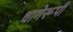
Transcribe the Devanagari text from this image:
धागेरूपी